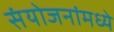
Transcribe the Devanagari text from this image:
संयोजनांमध्ये